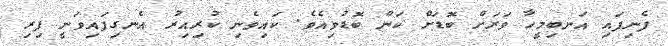
ފެނިފައި އަނބިމީހާ ވަރަށް ބޮޑަށް ކަން ބޮޑުވިއެވެ. ކައިވެނި ކުރިއިރު އެނގިފައިވަނީ ފިރި